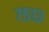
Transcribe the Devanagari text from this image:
७५१३